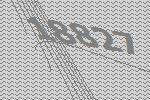
18827